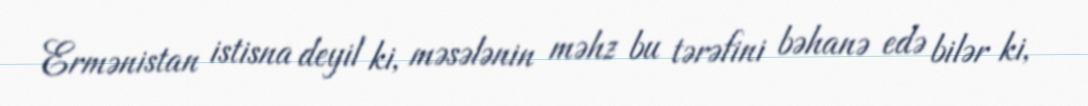
Ermənistan istisna deyil ki, məsələnin məhz bu tərəfini bəhanə edə bilər ki,